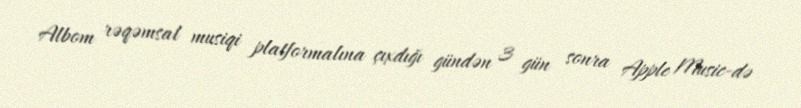
Albom rəqəmsal musiqi platformalına çıxdığı gündən 3 gün sonra Apple Music-də